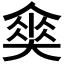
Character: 𡙫